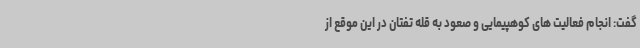
گفت: انجام فعالیت های کوهپیمایی و صعود به قله تفتان در این موقع از